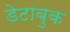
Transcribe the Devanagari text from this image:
डेटाबुक